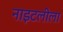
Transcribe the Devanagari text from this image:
नाइटलीला